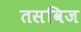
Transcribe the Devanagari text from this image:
तसविज